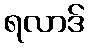
ရလာဒ်